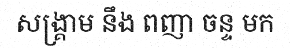
សង្គ្រាម នឹង ពញា ចន្ទ មក